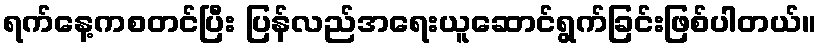
ရက်နေ့ကစတင်ပြီး ပြန်လည်အရေးယူဆောင်ရွက်ခြင်းဖြစ်ပါတယ်။